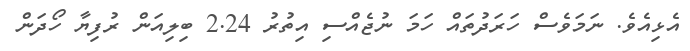
އެޅިއެވެ. ނަމަަވެސް ހަރަދުތައް ހަމަ ނުޖެއްސި އިތުރު 2.24 ބިލިއަން ރުފިޔާ ހޯދަން